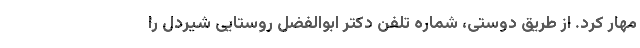
مهار کرد. از طریق دوستی، شماره تلفن دکتر ابوالفضل روستایی شیردل را